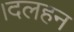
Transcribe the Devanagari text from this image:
।दलहन